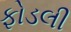
ફોડલી